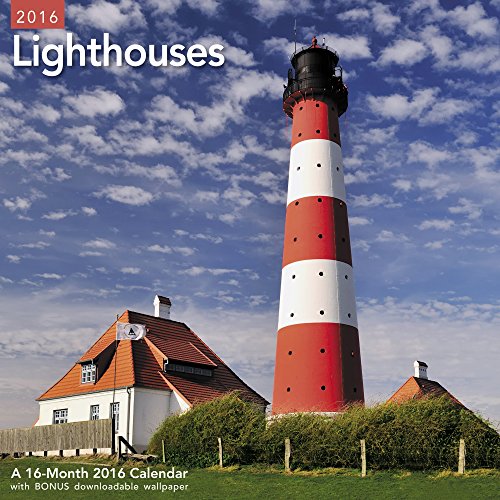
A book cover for Lighthouses Wall Calendar (2016); Mead; Calendars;